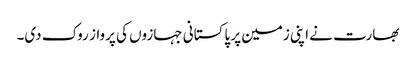
بھارت نے اپنی زمین پر پاکستانی جہازوں کی پرواز روک دی۔